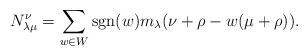
LaTeX: \begin{align*}N_{\lambda \mu}^{\nu} = \sum_{w \in W} \operatorname{sgn}(w) m_{\lambda}(\nu + \rho - w(\mu+\rho)).\end{align*}